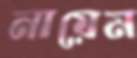
নায়েম